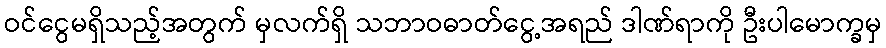
ဝင်ငွေမရှိသည့်အတွက် မှလက်ရှိ သဘာဝဓာတ်ငွေ့အရည် ဒါဏ်ရာကို ဦးပါမောက္ခမှ